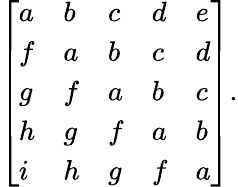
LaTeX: {\left[\begin{array}{lllll}{a}&{b}&{c}&{d}&{e}\\ {f}&{a}&{b}&{c}&{d}\\ {g}&{f}&{a}&{b}&{c}\\ {h}&{g}&{f}&{a}&{b}\\ {i}&{h}&{g}&{f}&{a}\end{array}\right]}.